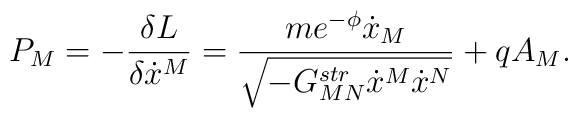
P_M=-{{\delta L}\over{\delta\dot{x}^M}}={{me^{-\phi}\dot{x}_M}\over\sqrt{-G^{str}_{MN}\dot{x}^M\dot{x}^N}}+qA_M.